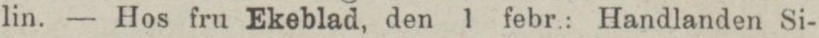
lin. — Hos fru Ekeblad, den 1 febr.: Handlanden Si-